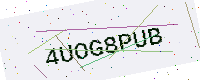
Text: 4UOG8PUB